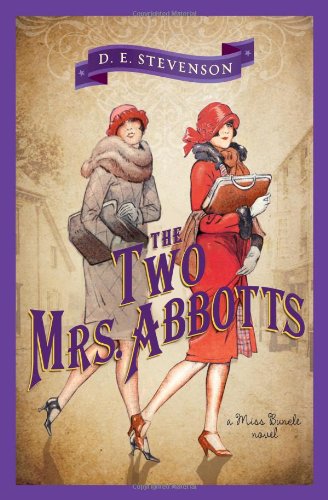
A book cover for The Two Mrs. Abbotts (Miss Buncle); D.E. Stevenson; Literature & Fiction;